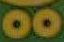
OO